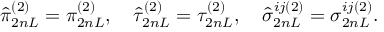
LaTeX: \hat { \pi } _ { 2 n L } ^ { ( 2 ) } = \pi _ { 2 n L } ^ { ( 2 ) } , \quad \hat { \tau } _ { 2 n L } ^ { ( 2 ) } = \tau _ { 2 n L } ^ { ( 2 ) } , \quad \hat { \sigma } _ { 2 n L } ^ { i j ( 2 ) } = \sigma _ { 2 n L } ^ { i j ( 2 ) } .